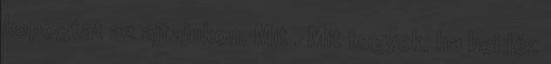
kopogtat az ajtajukon. Mit . Mit tegyek, ha beidéz